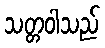
သတ္တဝါသည်